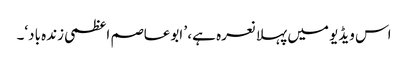
اس ویڈیو میں پہلا نعرہ ہے، ’ ابوعاصم اعظمی زندہ باد‘۔